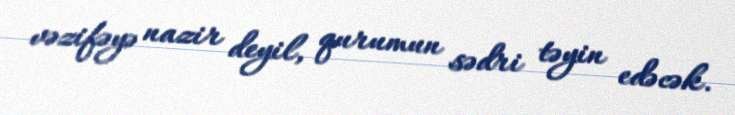
vəzifəyə nazir deyil, qurumun sədri təyin edəcək.